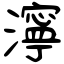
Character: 濘